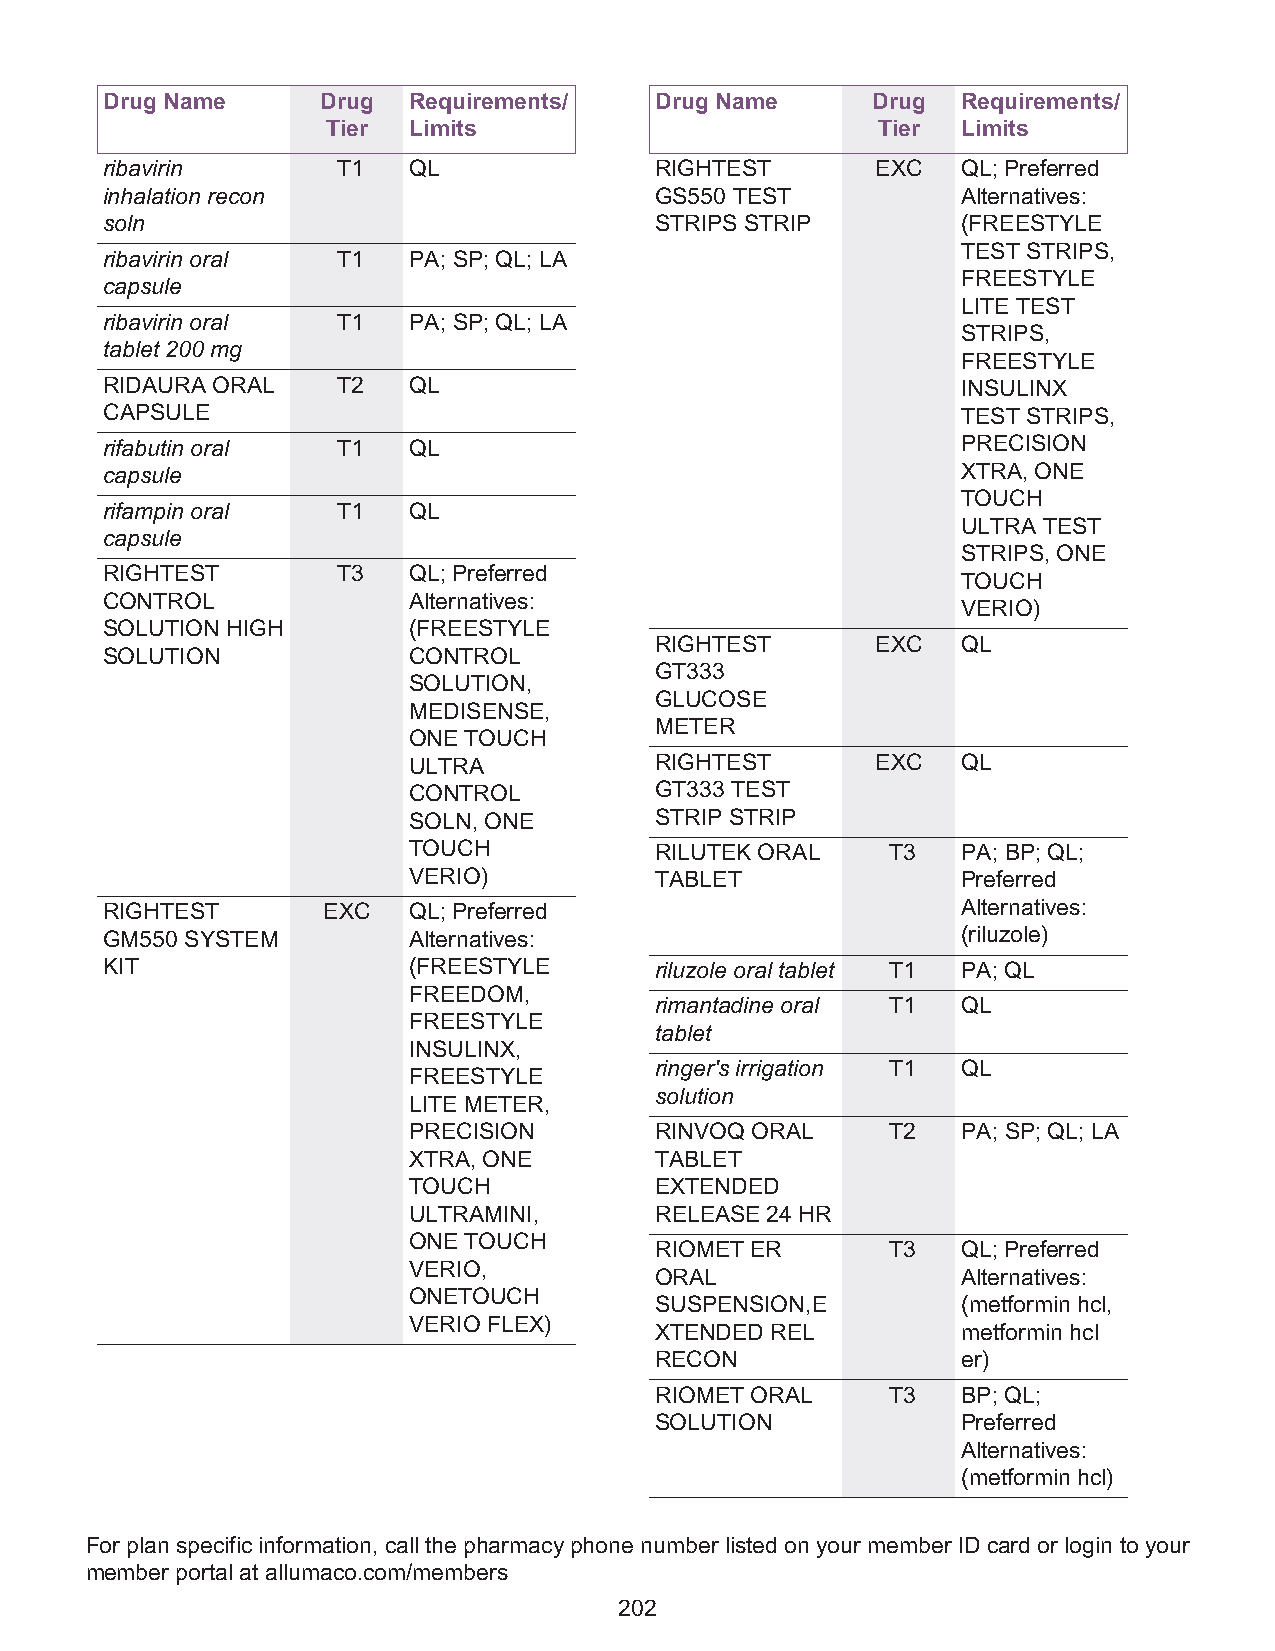
Drug Name     Drug  Requirements/   Drug Name      Drug  Requirements/
 Tier Limits                         Tier  Limits
 ribavirin      T1   QL              RIGHTEST       EXC   QL; Preferred
 inhalation recon                    GS550 TEST           Alternatives:
 soln                                STRIPS STRIP         (FREESTYLE
 TEST STRIPS,
 ribavirin oral T1   PA; SP; QL; LA
 FREESTYLE
 capsule
 LITE TEST
 ribavirin oral T1   PA; SP; QL; LA
 STRIPS,
 tablet 200 mg
 FREESTYLE
 RIDAURA ORAL   T2   QL                                   INSULINX
 CAPSULE                                                  TEST STRIPS,
 rifabutin oral T1   QL                                   PRECISION
 capsule                                                  XTRA, ONE
 TOUCH
 rifampin oral  T1   QL
 ULTRA TEST
 capsule
 STRIPS, ONE
 RIGHTEST       T3   QL; Preferred
 TOUCH
 CONTROL             Alternatives:
 VERIO)
 SOLUTION HIGH       (FREESTYLE
 RIGHTEST       EXC   QL
 SOLUTION            CONTROL
 GT333
 SOLUTION,
 GLUCOSE
 MEDISENSE,
 METER
 ONE TOUCH
 ULTRA           RIGHTEST       EXC   QL
 CONTROL         GT333 TEST
 SOLN, ONE       STRIP STRIP
 TOUCH           RILUTEK ORAL    T3   PA; BP; QL;
 VERIO)          TABLET               Preferred
 RIGHTEST      EXC   QL; Preferred                        Alternatives:
 GM550 SYSTEM        Alternatives:                        (riluzole)
 KIT                 (FREESTYLE      riluzole oral tablet T1 PA; QL
 FREEDOM,
 rimantadine oral T1  QL
 FREESTYLE
 tablet
 INSULINX,
 ringer's irrigation T1 QL
 FREESTYLE
 solution
 LITE METER,
 PRECISION       RINVOQ ORAL     T2   PA; SP; QL; LA
 XTRA, ONE       TABLET
 TOUCH           EXTENDED
 ULTRAMINI,      RELEASE 24 HR
 ONE TOUCH
 RIOMET ER       T3   QL; Preferred
 VERIO,
 ORAL                 Alternatives:
 ONETOUCH
 SUSPENSION,E         (metformin hcl,
 VERIO FLEX)
 XTENDED REL          metformin hcl
 RECON                er)
 RIOMET ORAL     T3   BP; QL;
 SOLUTION             Preferred
 Alternatives:
 (metformin hcl)
 For plan specific information, call the pharmacy phone number listed on your member ID card or login to your
 member portal at allumaco.com/members
 202